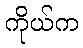
ကိုယ်က